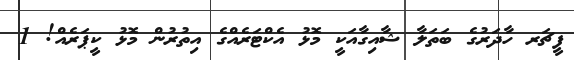
ފީޗަރ ހާދަރުގެ ބަތަލާ ޝާއިގާއަކީ މޮޅު އެކްޓަރެއްގެ އިތުރުން މޮޅު ކީޕަރެއް! 1